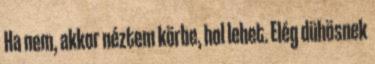
Ha nem, akkor néztem körbe, hol lehet. Elég dühösnek